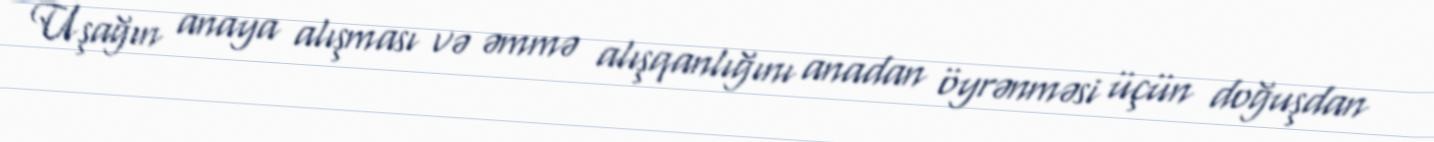
Uşağın anaya alışması və əmmə alışqanlığını anadan öyrənməsi üçün doğuşdan